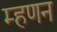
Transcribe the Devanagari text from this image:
म्हणन